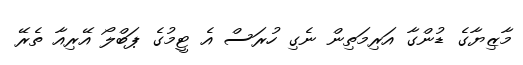
މާޒިޔާގެ ޑުންގާ އަރިމަތިން ނެގި ހުރަސް އެ ޓީމުގެ ޕަބްލޯ އޭރިއާ ތެރޭ